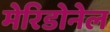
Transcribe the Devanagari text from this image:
मेरिडोनेल